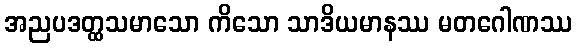
အညပဒတ္ထသမာသော ကိသော သာဒိယမာနဿ မတဂေါဏဿ